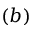
( b )